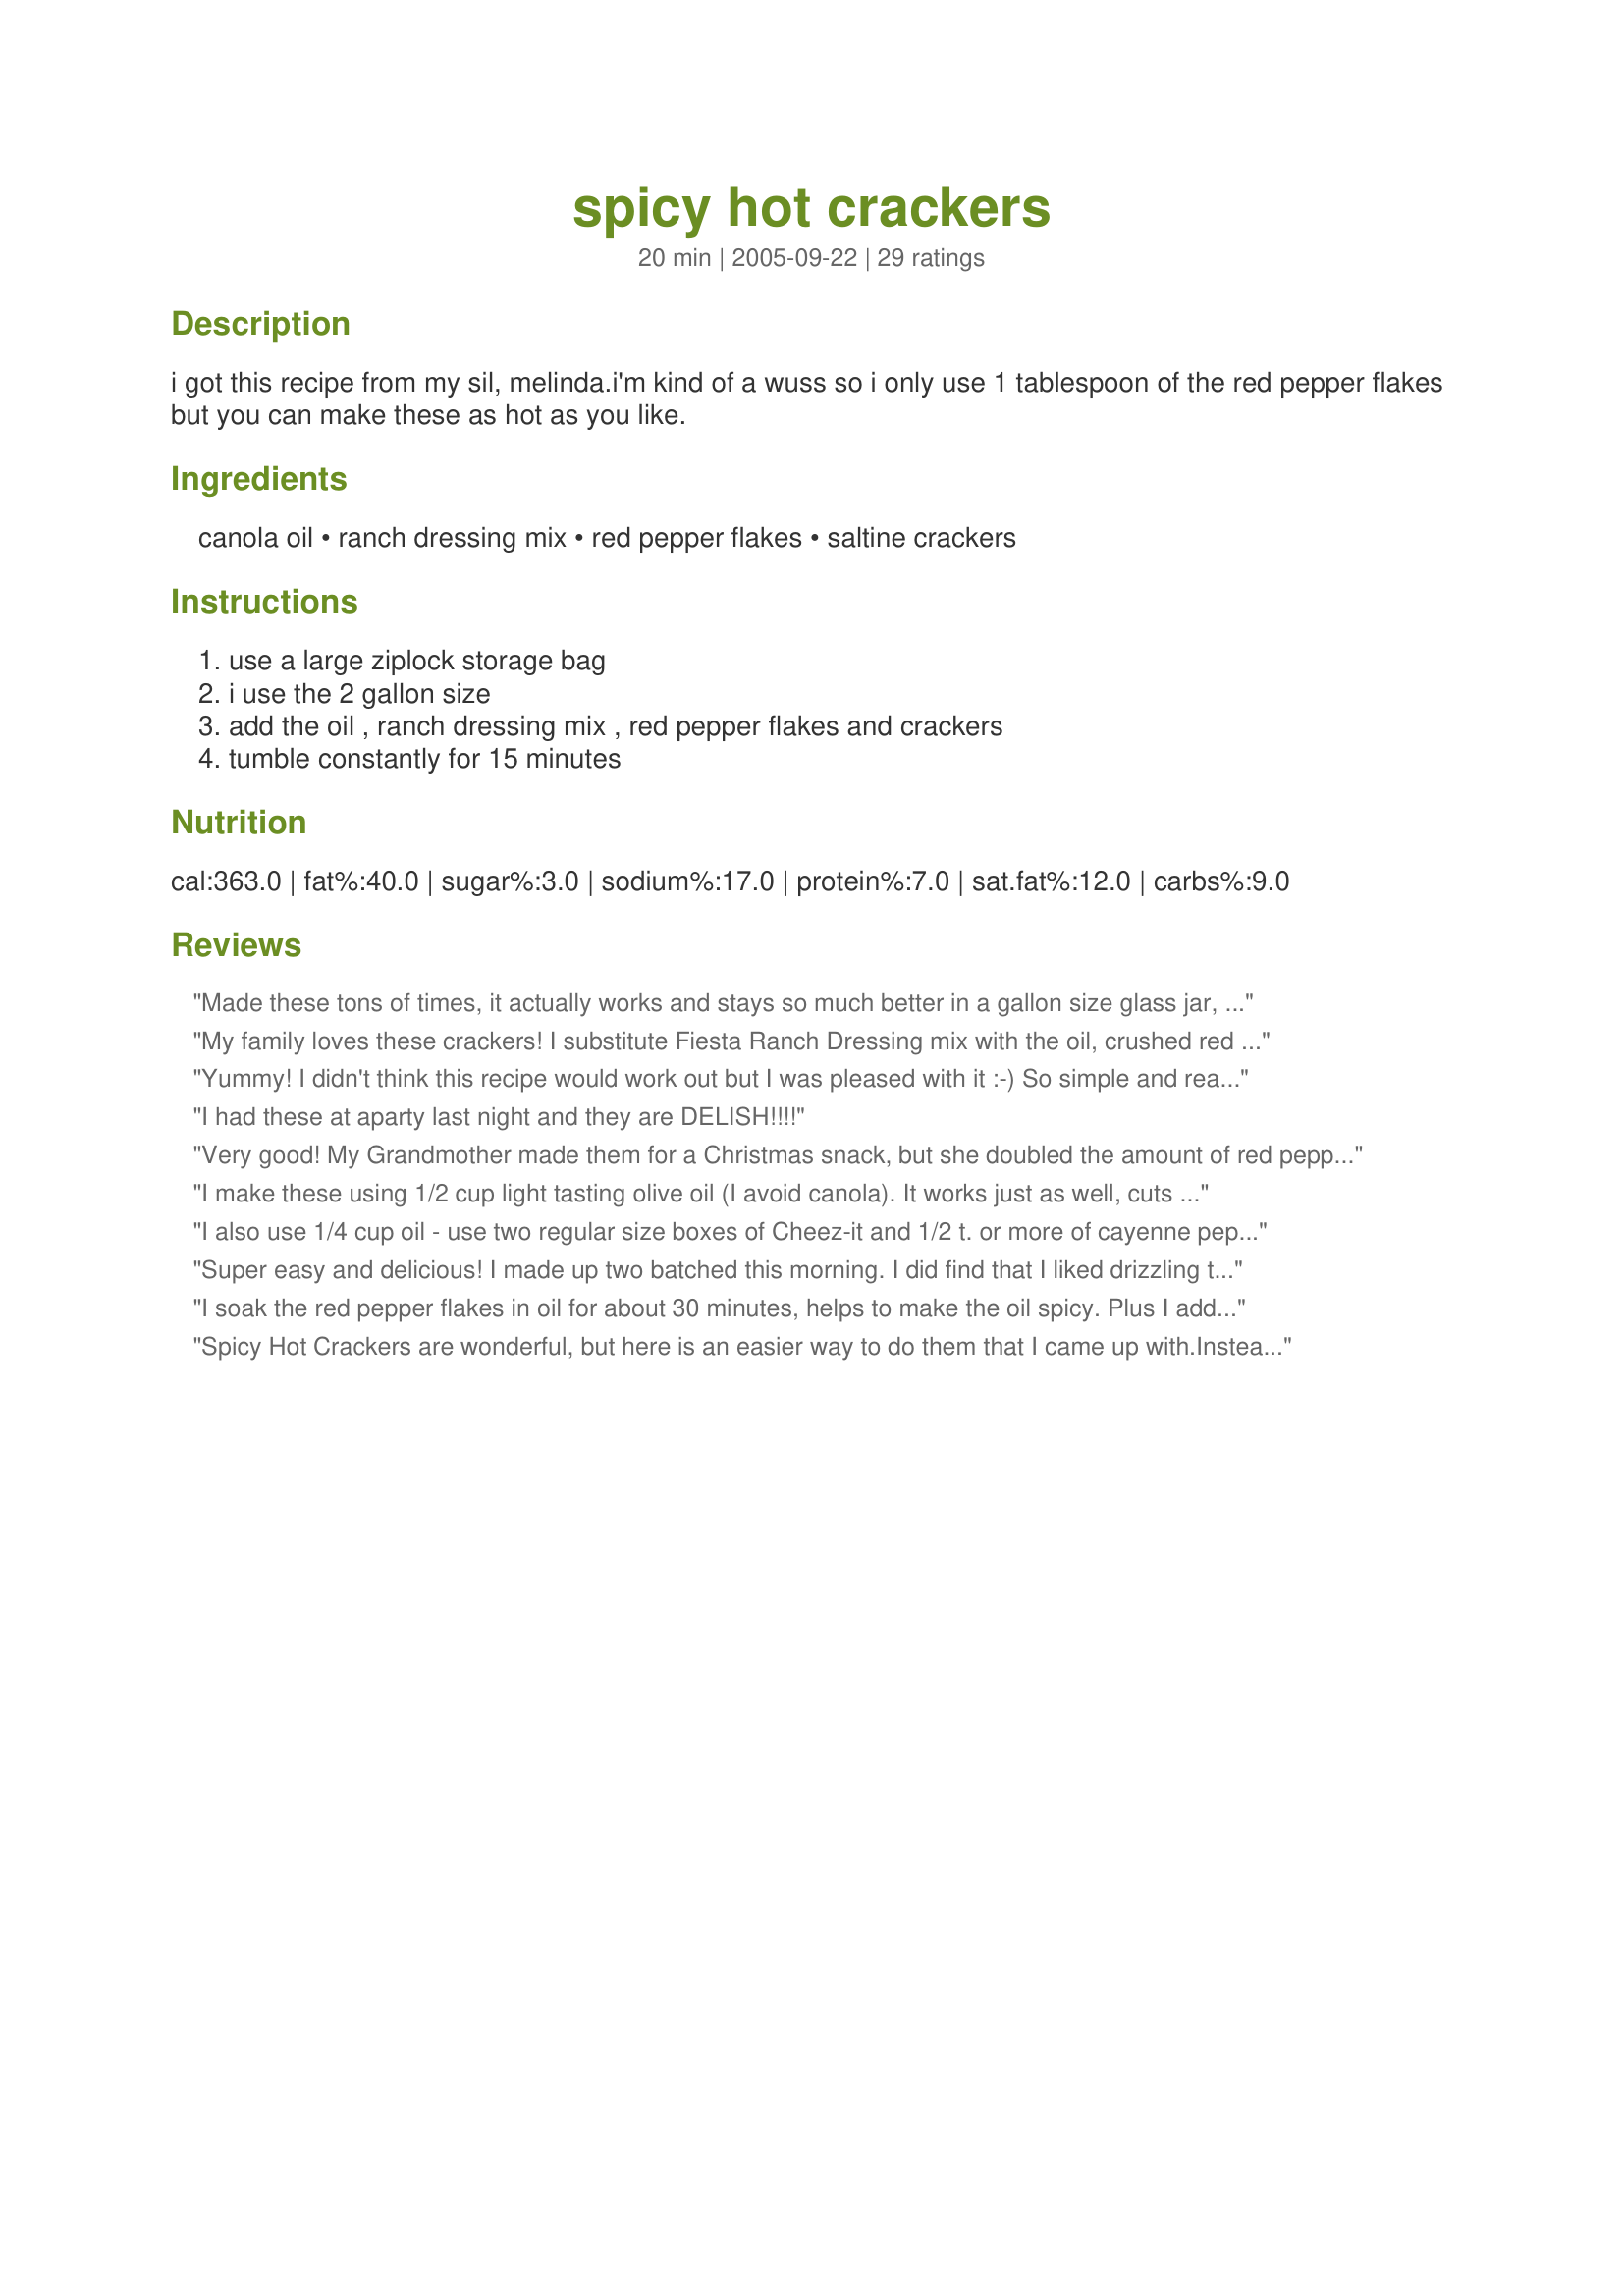
spicy hot crackers
Preparation time: 20 minutes

i got this recipe from my sil, melinda.i'm kind of a wuss so i only use 1 tablespoon of the red pepper flakes but you can make these as hot as you like.

Ingredients:
canola oil, ranch dressing mix, red pepper flakes, saltine crackers

Steps:
use a large ziplock storage bag, i use the 2 gallon size, add the oil , ranch dressing mix , red pepper flakes and crackers, tumble constantly for 15 minutes

Reviews:
Made these tons of times, it actually works and stays so much better in a gallon size glass jar, if you can find one,
My family loves these crackers! I substitute Fiesta Ranch Dressing mix with the oil, crushed red pepper flakes and whole grain saltines. The Fiesta mix gives the crackers a bit more zip, and a beautiful red color. You can omit the red pepper flakes with this mix, or leave them in if you like the heat.
Yummy! I didn't think this recipe would work out but I was pleased with it :-) So simple and really hits the spot with some cream cheese.
I had these at aparty last night and they are DELISH!!!!
Very good! My Grandmother made them for a Christmas snack, but she doubled the amount of red pepper flakes to create an EXTRA spicy cracker, which all of us really enjoyed. I prefer them with the extra kick! I made a gift basket for my dad and put these in there with a summer sausage, block of sharp cheddar cheese, homemade canned pickles, and spicy mustard. He loved it! He even called last night asking how to make the crackers!
I make these using 1/2 cup light tasting olive oil (I avoid canola). It works just as well, cuts the calories a lot. You can also use extra virgin olive oil and dry Italian dressing mix for a different flavor.
I also use 1/4 cup oil - use two regular size boxes of Cheez-it and 1/2 t. or more of cayenne pepper instead of flakes.
Super easy and delicious! I made up two batched this morning. I did find that I liked drizzling the seasonings over the crackers and tossing them in a large bowl instead of using the ziplock because it seemed that the bag was as coated as the crackers were and I wanted all the seasoning to be on the crackers themselves. I also baked mine in the oven 250 for 20 minutes just because I like the toasty crunch that baking them gives. Wonderful recipe! Thanks Lilysmom.
I soak the red pepper flakes in oil for about 30 minutes, helps to make the oil spicy. Plus I add 2tlbs of garlic powder to the dry mix.
Spicy Hot Crackers are wonderful, but here is an easier way to do them that I came up with.<br/>Instead of the plain Hidden Valley Dressing, use spicy ranch by Hidden Valley, plus either 1-2 tsps. of cayanne pepper or hot flakes, whatever the heat index is. On the oil, I use 1 and 1/3 cups, plus 2 tablespoons of cannola oil. I do not use a bowl, but rather a 2 quart zip lock bag, this way I can make sure each cracker is coated. The are the most addictive snack we have<br/>had and I make them at least once aweek. Have given the recipe to all my friends and now they make them constantly. Check on line at Hidden Valley where you can get the Spicy Ranch, not everyone carrys it yet, Target has been the best and at $1.49 compared to $2.19 other places, you can buy twice the amount. Hope you all enjoy my version.<br/><br/>Pat
Loved these! They are spicy jewels and not inexpensive to make. I worried that by not baking they would be soggy, but a day later the crackers are crisp. Thank you for sharing a recipe I will use again! Reviewed for PAC Fall '07.
My sister make this and it always the hit. Love it. cheap and EZ to make
This is excellent. I made this for Bunco and everyone loved it. Serve this with cream cheese and red pepper jelly.
Needed something for a party on short noticed and didn't have crackers or time to go shopping. I used ActII Butter Lovers Popcorn instead . . . I will be using popcorn from now on . . . It was a HUGH hit!
I cut the oil down to 1 cup and just eyeballed the red pepper flakes but I am sure it was more than the recipe calls for. These crackers are DELICIOUS! my husband can't stay out of them! they are not at all oily in fact you can't even tell how they are made if you didn't know, they are just a super tasty, crisp cracker. I am going to serve with cream cheese and a mild pepper jelly. I would take these to parties for sure and I will make them again for New Year's Eve. Thank you for such a clever, easy and really delicious recipe!
Fantastic and so tasty, I am having these with a wine tasting I'm having tonight.
I got this recipe from my neighbors who became good friends.
I asked for the recipe as soon as I finished eating them. Good for snacking at midnight when I cannot sleep! Definitely a keeper...
I a recipe close to this. They are excellent!!! I can't handle much heat and neither can my husband, so I only put in half the red pepper flakes...mine only calls for 1 tablespoon though and the oil is 1 1/3 cups...my daughter even loves these!
Love It...sogood
This recipe is always a big hit at parties. I'd like to suggest serving the crackers with cream cheese. The combination of the hot from thye red pepper and coolness from the cream cheese is irresistable!
Delicious, easy recipe. I was making this for a bunch of guys who thrive on heat, heat and more heat, so I added a tablespoon of cayenne pepper. It resulted in a nice spicy cracker that leaves an after-glow, but doesn't burn. DD and I even enjoyed them, and we're spice wimps! They were a big hit with the guys.
This recipe is the bomb. Use all the pepper allowance. My daughter sat in the tub afterward, but will still eat.
Oh My. These are right up my alley. I love the heat and the spice combination. I used the full 2 tablespoons of the red pepper flakes and it was perfect for me, but I like hot & spicy. I was a little worried about the crackers getting soft, but after 10 hours they were still just as crisp as when I first made them. This is a real keeper. Will make a nice office snake. Thanks for posting.
I use a 1/4 c. of oil per sleeve of crackers. I also change 1 TBSP of pepper flakes to 1 TBSP of cayenne pepper. I use a hand blender or small food processer to mix oil and dry ingredients together before pouring over crackers. I have a large retangular tupperware container and I stack crackers in single layer on the edges...as they are in the sleeves. Let sit for 20-30 min, then rotate upside down for another 20-30.
love them!!! so glad to have found the recipe!!!!
This recipe is as delicious as it is easy to make. I make a slightly different version. I use 1 C canola oil, 1 oz pkg ranch dressing mix, 1 T red pepper flakes, 1 t crushed red pepper, and 4 sleeves Premium crackers. Just a little difference. This version was passed on to me by a friend.
bravo! what a winner! i used olive oil instead of canola. transferred crackers to a clean zip lock once done. love them!! it's great because i always have all the ingredients on hand, and it's so easy! thanks for a winner, lilysmom! made for fall 2007 pac contest!
Yes, I made them and EVERYONE absolutely loves them. I use the unsalted tops crackers and a large tupperware with lid to turn them. The great flavor does not interfere with any dips you use .
I doubled the amount of crackers (and I used the mini premium saltines, they were so cute!!), found it was too much oil, also put 2 packages of hidden valley ranch mix and I did bake them at 250 for about 20 minutes, they were wonderful, everyone wanted the recipe!! Thanks for posting!
